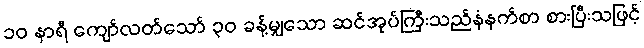
၁၀ နာရီ ကျော်လတ်သော် ၃၀ ခန့်မျှသော ဆင်အုပ်ကြီးသည်နံနက်စာ စားပြီးသဖြင့်